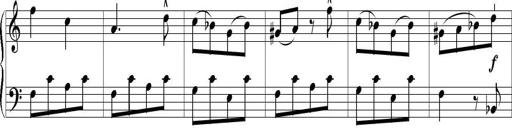
Title: 6 Leichte Sonatinen, Teil 1
Composer: F. Sigismund Sander